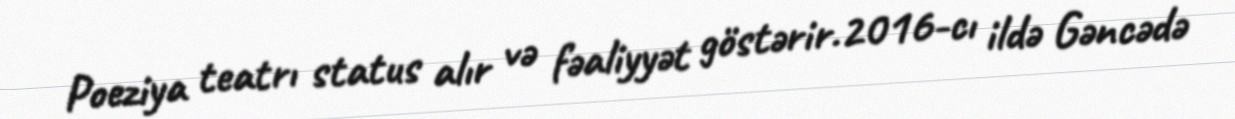
Poeziya teatrı status alır və fəaliyyət göstərir.2016-cı ildə Gəncədə